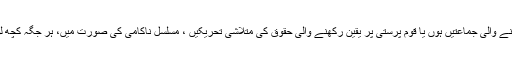
دنیا بھر میں کمیونزم/سوشلزم اور لبرل ازم کے نظریات پر یقین رکھنے والی جماعتیں ہوں یا قوم پرستی پر یقین رکھنے والی حقوق کی متلاشی تحریکیں ، مسلسل ناکامی کی صورت میں، ہر جگہ کچھ لوگ مایوس ہوکرشدت پسندی یا تشدد کی علیحدہ راہ اختیار کرتے ہیں۔